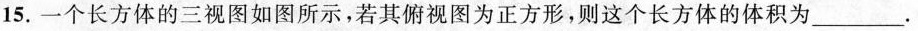
15.一个长方体的三视图如图所示，若其俯视图为正方形，则这个长方体的体积为___。